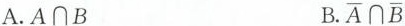
A.A \cap B B. \overline{A} \cap \overline{B}